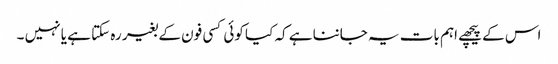
اس کے پیچھے اہم بات یہ جاننا ہے کہ کیا کوئی کسی فون کے بغیر رہ سکتا ہے یا نہیں ۔